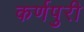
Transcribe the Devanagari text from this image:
कर्णपुरी